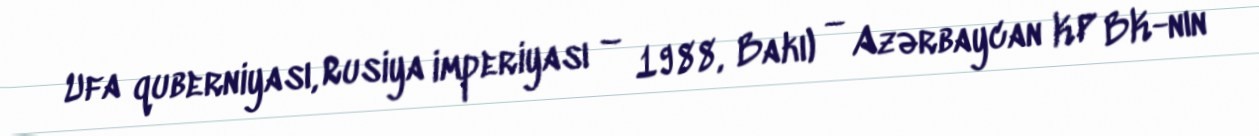
Ufa quberniyası, Rusiya imperiyası – 1988, Bakı) — Azərbaycan KP BK-nın